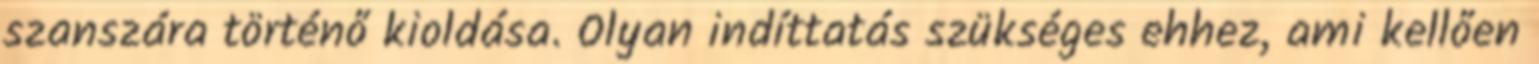
szanszára történő kioldása. Olyan indíttatás szükséges ehhez, ami kellően